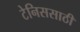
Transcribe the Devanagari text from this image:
टेनिससाठी